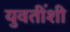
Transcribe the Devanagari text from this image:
युवतींशी